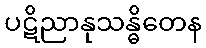
ပဋိညာနုသန္ဓိတေန